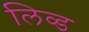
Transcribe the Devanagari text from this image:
लिव्‍ड